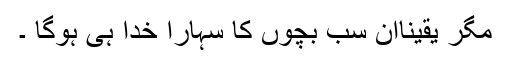
مگر یقیناًان سب بچوں کا سہارا خدا ہی ہوگا ۔